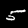
Digit: 5